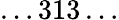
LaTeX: \ldots 313\ldots